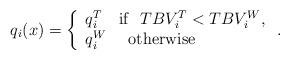
LaTeX: \begin{align*}{q}_{i}(x)=\left\{ \begin{array}{l}{q}^{T}_{i}~~~{\rm if } \ \ TBV_{i}^{T} < TBV_{i}^{W}, \\{q}^{W}_{i}~~~~\mathrm{otherwise}\end{array}\right.. \end{align*}